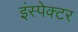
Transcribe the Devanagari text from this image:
इंस्‍पेक्‍टर